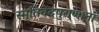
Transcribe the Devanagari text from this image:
स्मृतिवेदपुराणानां